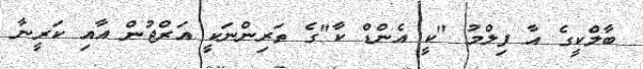
ބާލްކީގެ އާ ފިލްމު "ކީ އެންޑް ކާ"ގެ ތަރިންނަކީ އަރްޖުން އާއި ކަރީނާ